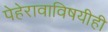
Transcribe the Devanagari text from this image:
पेहेरावाविषयीही